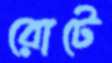
রোটে